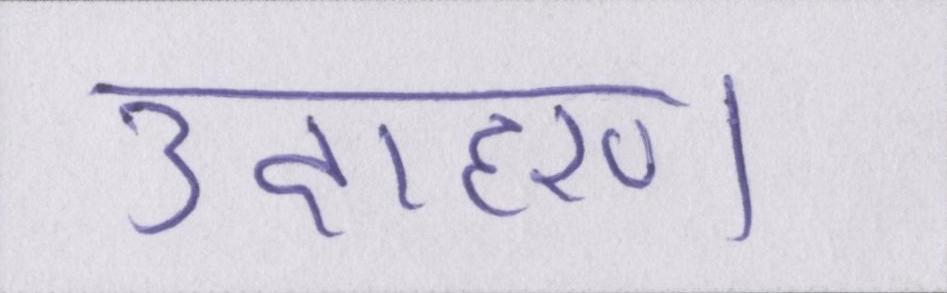
उदाहरण